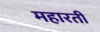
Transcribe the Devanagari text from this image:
महारती